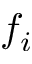
f _ { i }